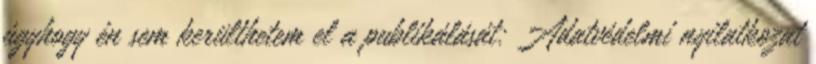
úgyhogy én sem kerülthetem el a publikálását: Adatvédelmi nyilatkozat